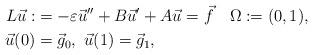
LaTeX: \begin{align*}L\vec{u}:&= -\varepsilon\vec{u}''+B\vec{u}' + A\vec{u}= \vec{f}\quad\Omega:=(0,1),\\\vec{u}(0) &=\vec{g}_0,\ \vec{u}(1) =\vec{g}_1,\end{align*}